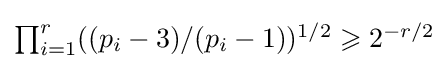
\textstyle \prod _{i=1}^{r}((p_{i}-3)/(p_{i}-1))^{1/2}\geqslant 2^{-r/2}